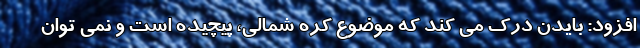
افزود: بایدن درک می کند که موضوع کره شمالی، پیچیده است و نمی توان